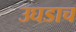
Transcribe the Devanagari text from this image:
उघडाच